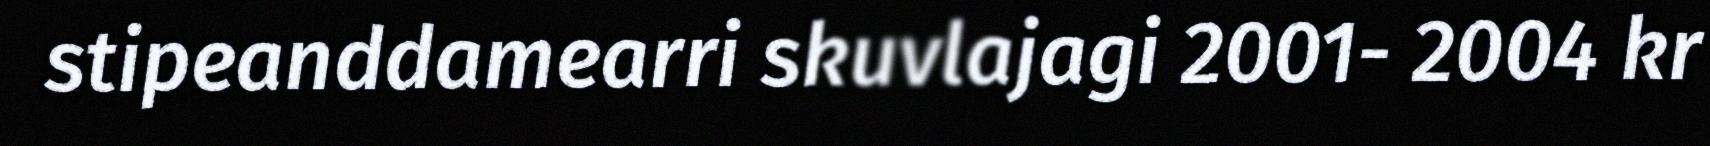
stipeanddamearri skuvlajagi 2001- 2004 kr